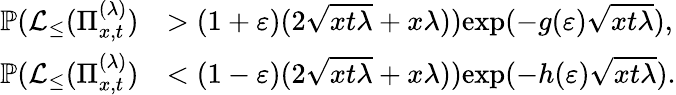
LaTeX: \begin{array}{rl}{\mathbb{P}(\mathcal{L}_{\leq}(\Pi_{x,t}^{(\lambda)})}&{>(1+\varepsilon)(2\sqrt{xt\lambda}+x\lambda))\le\exp(-g(\varepsilon)\sqrt{xt\lambda}),}\\ {\mathbb{P}(\mathcal{L}_{\leq}(\Pi_{x,t}^{(\lambda)})}&{<(1-\varepsilon)(2\sqrt{xt\lambda}+x\lambda))\le\exp(-h(\varepsilon)\sqrt{xt\lambda}).}\end{array}